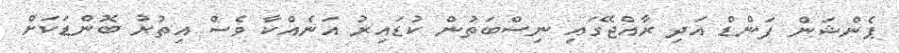
ޕެންޝަން ފަންޑް އަދި ރާއްޖޭގައި ނިސްބަތުން ކުޑައިރު އަނެއްކާ ވެސް އިތުރު ބޮންޑަކަށް